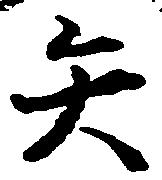
矢